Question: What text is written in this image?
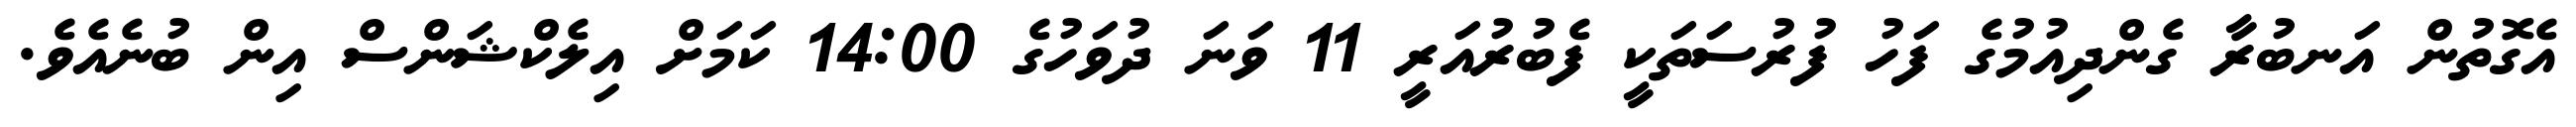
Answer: އެގޮތުން އަނބުރާ ގެންދިއުމުގެ ފަހު ފުރުސަތަކީ ފެބުރުއަރީ 11 ވަނަ ދުވަހުގެ 14:00 ކަމަށް އިލެކްޝަންސް އިން ބުނެއެވެ.